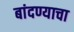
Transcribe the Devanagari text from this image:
बांदण्याचा